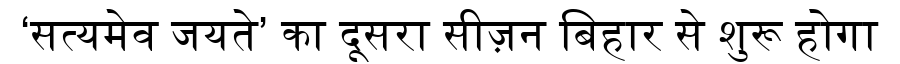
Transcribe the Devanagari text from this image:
‘सत्यमेव जयते’ का दूसरा सीज़न बिहार से शुरू होगा